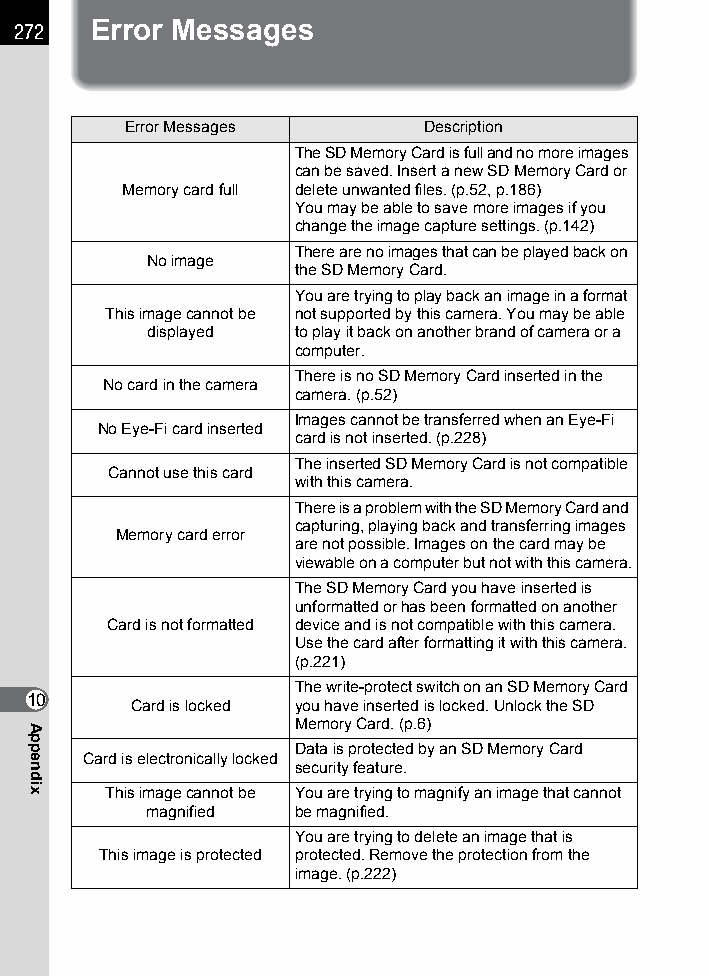
272  Error Messages
 Error Messages      Description
 The SD Memory Card is full and no more images
 can be saved. Insert a new SD Memory Card or
 Memory card full delete unwanted files. (p.52, p.186)
 You may be able to save more images if you
 change the image capture settings. (p.142)
 There are no images that can be played back on
 No image
 the SD Memory Card.
 You are trying to play back an image in a format
 This image cannot be not supported by this camera. You may be able
 displayed to play it back on another brand of camera or a
 computer.
 There is no SD Memory Card inserted in the
 No card in the camera
 camera. (p.52)
 Images cannot be transferred when an Eye-Fi
 No Eye-Fi card inserted
 card is not inserted. (p.228)
 The inserted SD Memory Card is not compatible
 Cannot use this card
 with this camera.
 There is a problem with the SD Memory Card and
 capturing, playing back and transferring images
 Memory card error
 are not possible. Images on the card may be
 viewable on a computer but not with this camera.
 The SD Memory Card you have inserted is
 unformatted or has been formatted on another
 Card is not formatted device and is not compatible with this camera.
 Use the card after formatting it with this camera.
 (p.221)
 The write-protect switch on an SD Memory Card
 10    Card is locked you have inserted is locked. Unlock the SD
 Memory Card. (p.6)
 Data is protected by an SD Memory Card
 Card is electronically locked
 security feature.
 This image cannot be You are trying to magnify an image that cannot
 magnified be magnified.
 You are trying to delete an image that is
 This image is protected protected. Remove the protection from the
 image. (p.222)
 Appendix